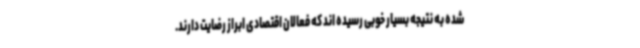
شده به نتیجه بسیار خوبی رسیده اند که فعالان اقتصادی ابراز رضایت دارند.